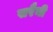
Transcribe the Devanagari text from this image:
सरैनी